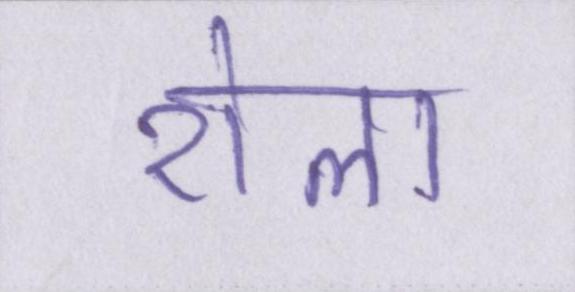
रोला